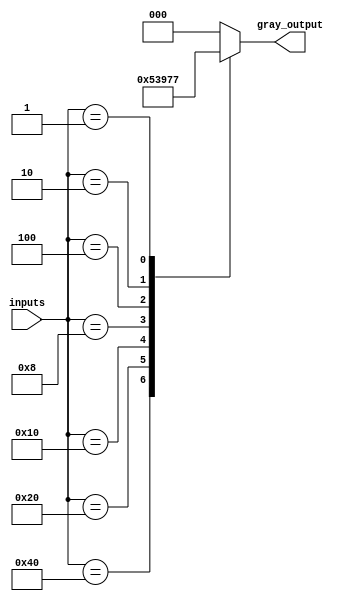
module gray_priority_encoder (
    input [7:0] inputs, // 8-bit parallel inputs
    output reg [2:0] gray_output // 3-bit Gray code output
);

// Priority encoder logic block
always @* begin
    case(inputs)
        8'b10000000: gray_output = 3'b000; //highest priority input
        8'b01000000: gray_output = 3'b001;
        8'b00100000: gray_output = 3'b010;
        8'b00010000: gray_output = 3'b011;
        8'b00001000: gray_output = 3'b100;
        8'b00000100: gray_output = 3'b101;
        8'b00000010: gray_output = 3'b110;
        8'b00000001: gray_output = 3'b111;
        default: gray_output = 3'b000; //default output
    endcase
end

endmodule